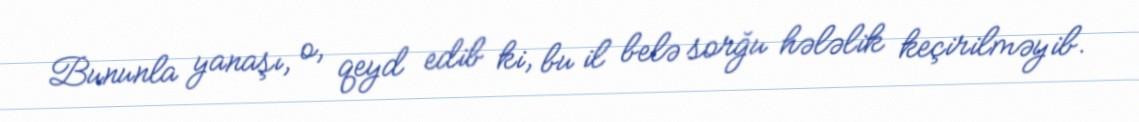
Bununla yanaşı, o, qeyd edib ki, bu il belə sorğu hələlik keçirilməyib.